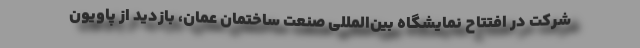
شرکت در افتتاح نمایشگاه بین‌المللی صنعت ساختمان عمان، بازدید از پاویون